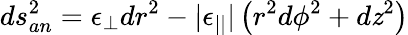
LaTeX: ds_{an}^{2}=\epsilon_{\perp}dr^{2}-|\epsilon_{||}|\left(r^{2}d\phi^{2}+d\mathit{z}^{2}\right)